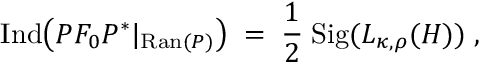
\mathrm { I n d } \big ( P F _ { 0 } P ^ { * } | _ { \mathrm { R a n } ( P ) } \big ) \; = \; \frac { 1 } { 2 } \; \mathrm { S i g } ( L _ { \kappa , \rho } ( H ) ) \; ,